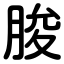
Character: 脧